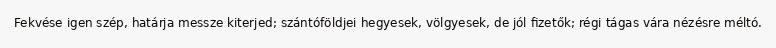
Fekvése igen szép, határja messze kiterjed; szántóföldjei hegyesek, völgyesek, de jól fizetők; régi tágas vára nézésre méltó.